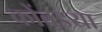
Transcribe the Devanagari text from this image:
कोंबडया